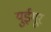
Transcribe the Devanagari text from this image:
युईगूर